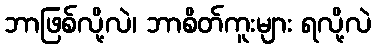
ဘာဖြစ်လို့လဲ၊ ဘာစိတ်ကူးများ ရလို့လဲ